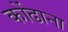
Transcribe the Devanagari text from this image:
कोंढाना